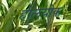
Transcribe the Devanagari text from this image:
होलयोक